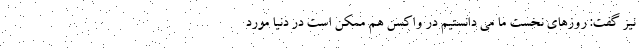
نیز گفت: روزهای نخست ما می دانستیم در واکسن هم ممکن است در دنیا مورد